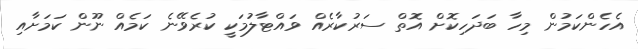
އެހެންކަމުން މިހާ ބަދަހިކޮށް އޮތް ސަރުކާރެއް ވައްޓާލުމަކީ ކުރެވޭނެ ކަމެއް ނޫން ކަމަށާއި